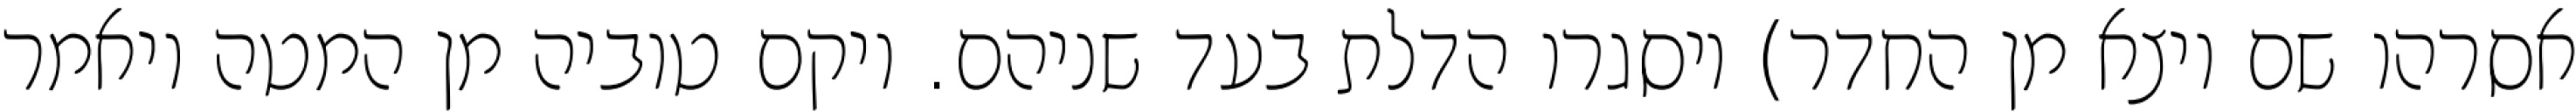
אסרהו שם ויצא מן החדר) ויסגרו הדלת בעד שניהם. ויקם טוביה מן המטה ויאמר